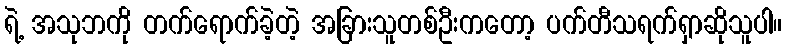
ရဲ့ အသုဘကို တက်ရောက်ခဲ့တဲ့ အခြားသူတစ်ဦးကတော့ ပက်တီသရက်ရှာဆိုသူပါ။